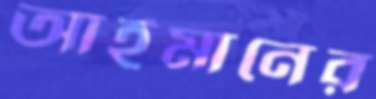
আইমানের